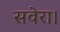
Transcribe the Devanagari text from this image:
सवेरा।